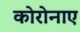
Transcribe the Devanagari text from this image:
कोरोनाए